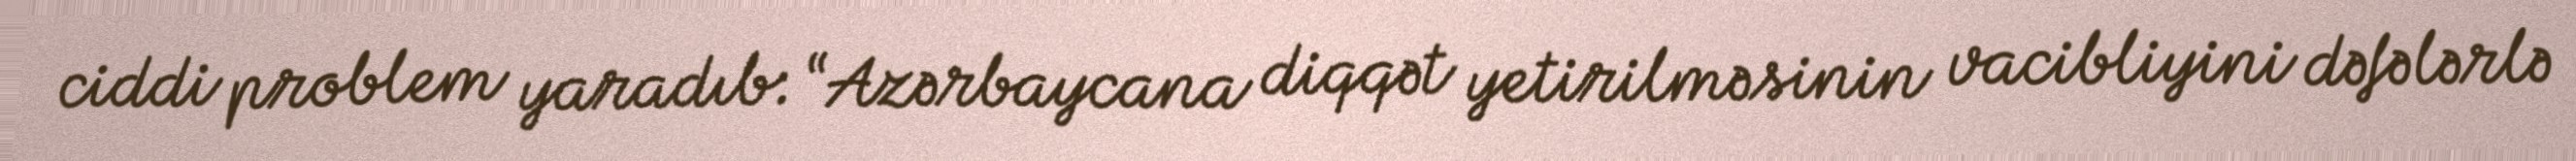
ciddi problem yaradıb: “Azərbaycana diqqət yetirilməsinin vacibliyini dəfələrlə